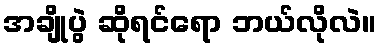
အချိုပွဲ ဆိုရင်ရော ဘယ်လိုလဲ။